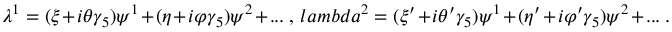
\lambda ^ { 1 } = ( \xi + i \theta \gamma _ { 5 } ) \psi ^ { 1 } + ( \eta + i \varphi \gamma _ { 5 } ) \psi ^ { 2 } + . . . \ , \, l a m b d a ^ { 2 } = ( \xi ^ { \prime } + i \theta ^ { \prime } \gamma _ { 5 } ) \psi ^ { 1 } + ( \eta ^ { \prime } + i \varphi ^ { \prime } \gamma _ { 5 } ) \psi ^ { 2 } + . . . \ .